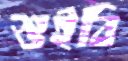
শুইবি